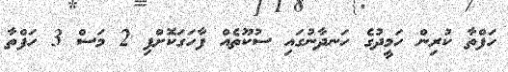
ހަފްތާ ކުރިން ހަމީދުގެ ހަނދާނުގައި ސުކޫތެއް ފާހަގަކޮށްފި 2 މަސް 3 ހަފްތާ